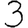
Digit: 3